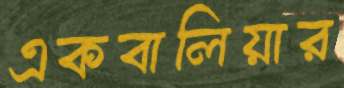
একবালিয়ার